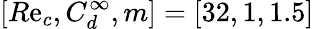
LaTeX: [R\mathrm{e}_{c},C_{d}^{\infty},m]=[32,1,1.5]